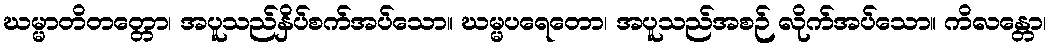
ဃမ္မာတိတတ္တော၊ အပူသည်နှိပ်စက်အပ်သော။ ဃမ္မပရေတော၊ အပူသည်အစဉ် လိုက်အပ်သော။ ကိလန္တော၊